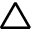
\bigtriangleup